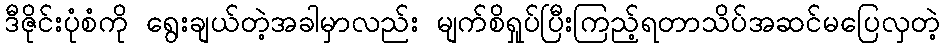
ဒီဇိုင်းပုံစံကို ရွေးချယ်တဲ့အခါမှာလည်း မျက်စိရှုပ်ပြီးကြည့်ရတာသိပ်အဆင်မပြေလှတဲ့